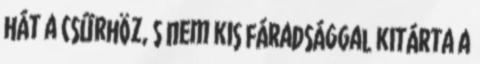
hát a csűrhöz, s nem kis fáradsággal kitárta a